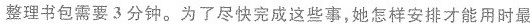
整理书包需要3分钟。为了尽快完成这些事，她怎样安排才能用时最